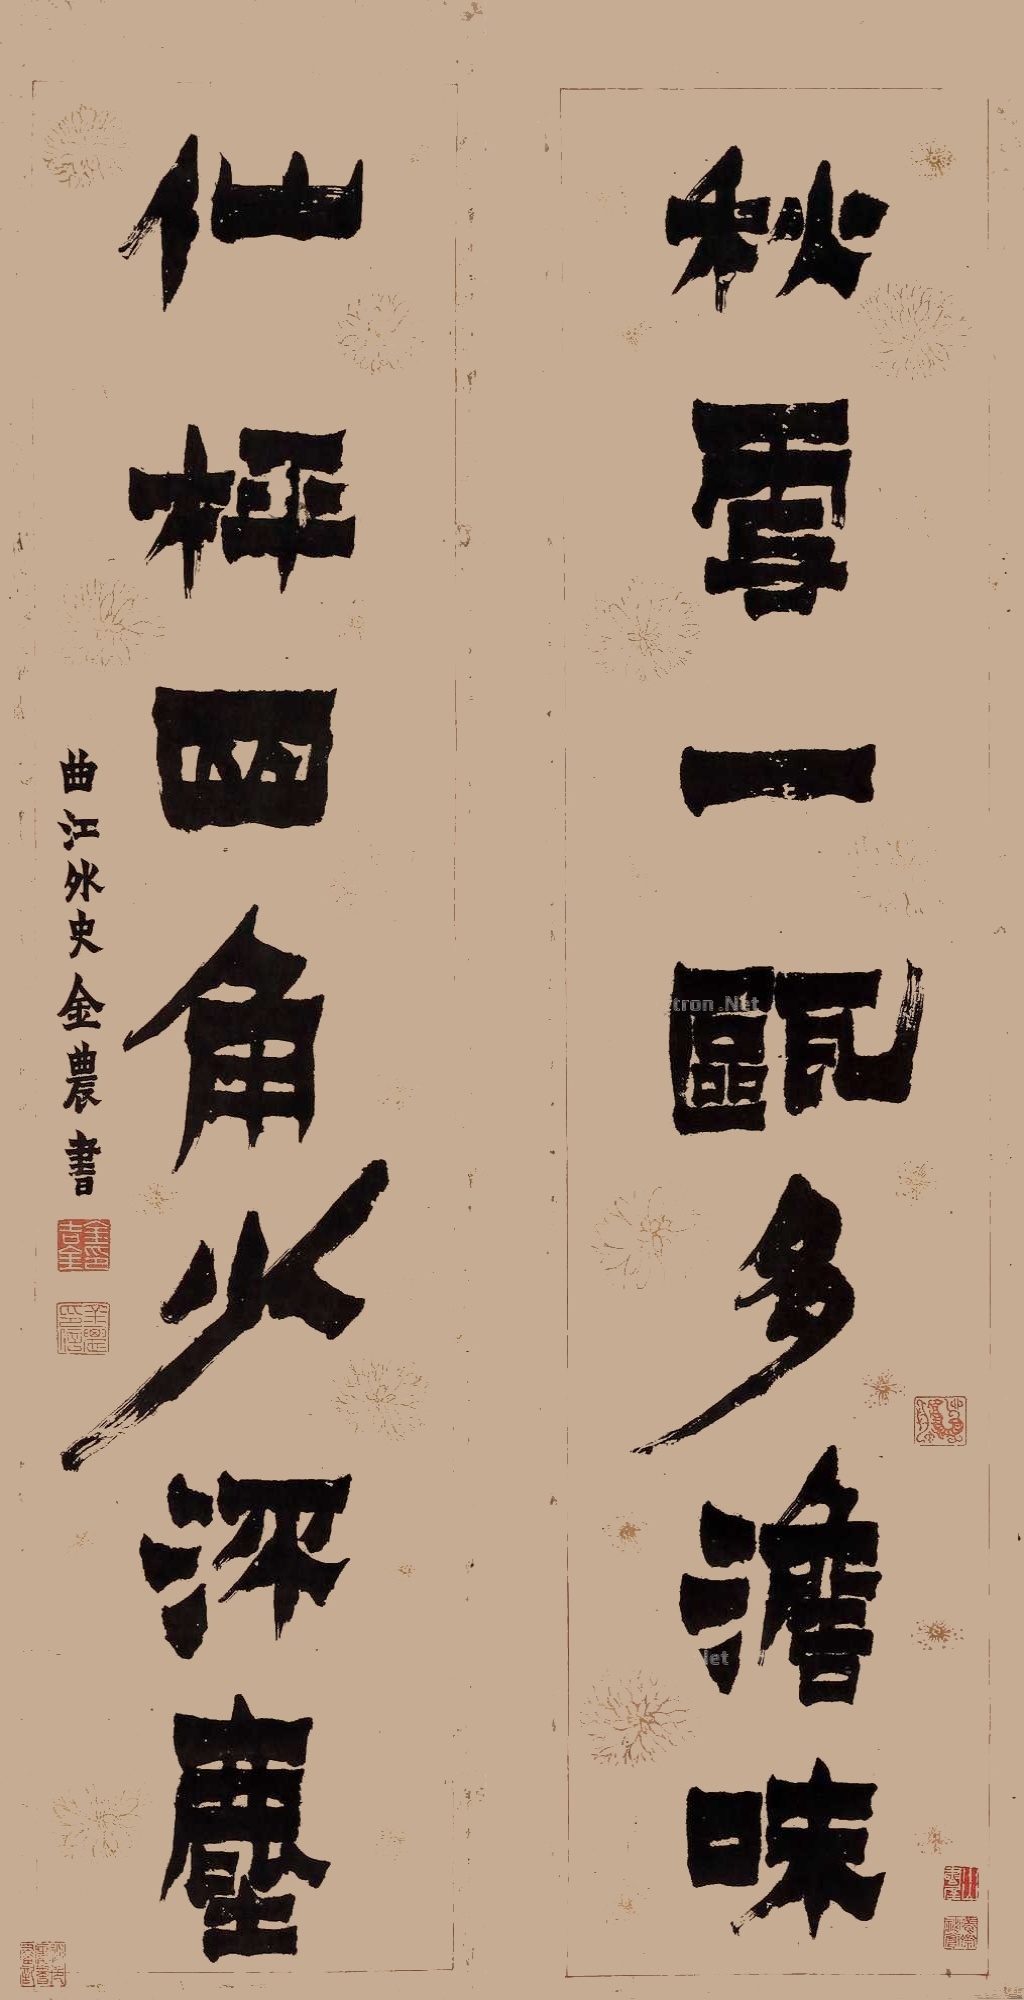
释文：秋雪一瓯堕澹味，仙枰四角少深尘。曲江外史金农书。